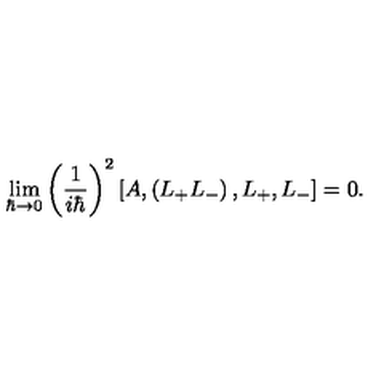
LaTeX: \lim _ { \hbar \rightarrow 0 } \left( \frac { 1 } { i \hbar } \right) ^ { 2 } \left[ A , \left( L _ { + } L _ { - } \right) , L _ { + } , L _ { - } \right] = 0 .